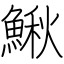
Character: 鰍